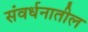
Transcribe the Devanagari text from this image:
संवर्धनातील